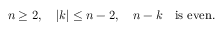
n \geq 2 , \quad | k | \leq n - 2 , \quad n - k \mathrm { \quad } \mathrm { i s ~ e v e n } .